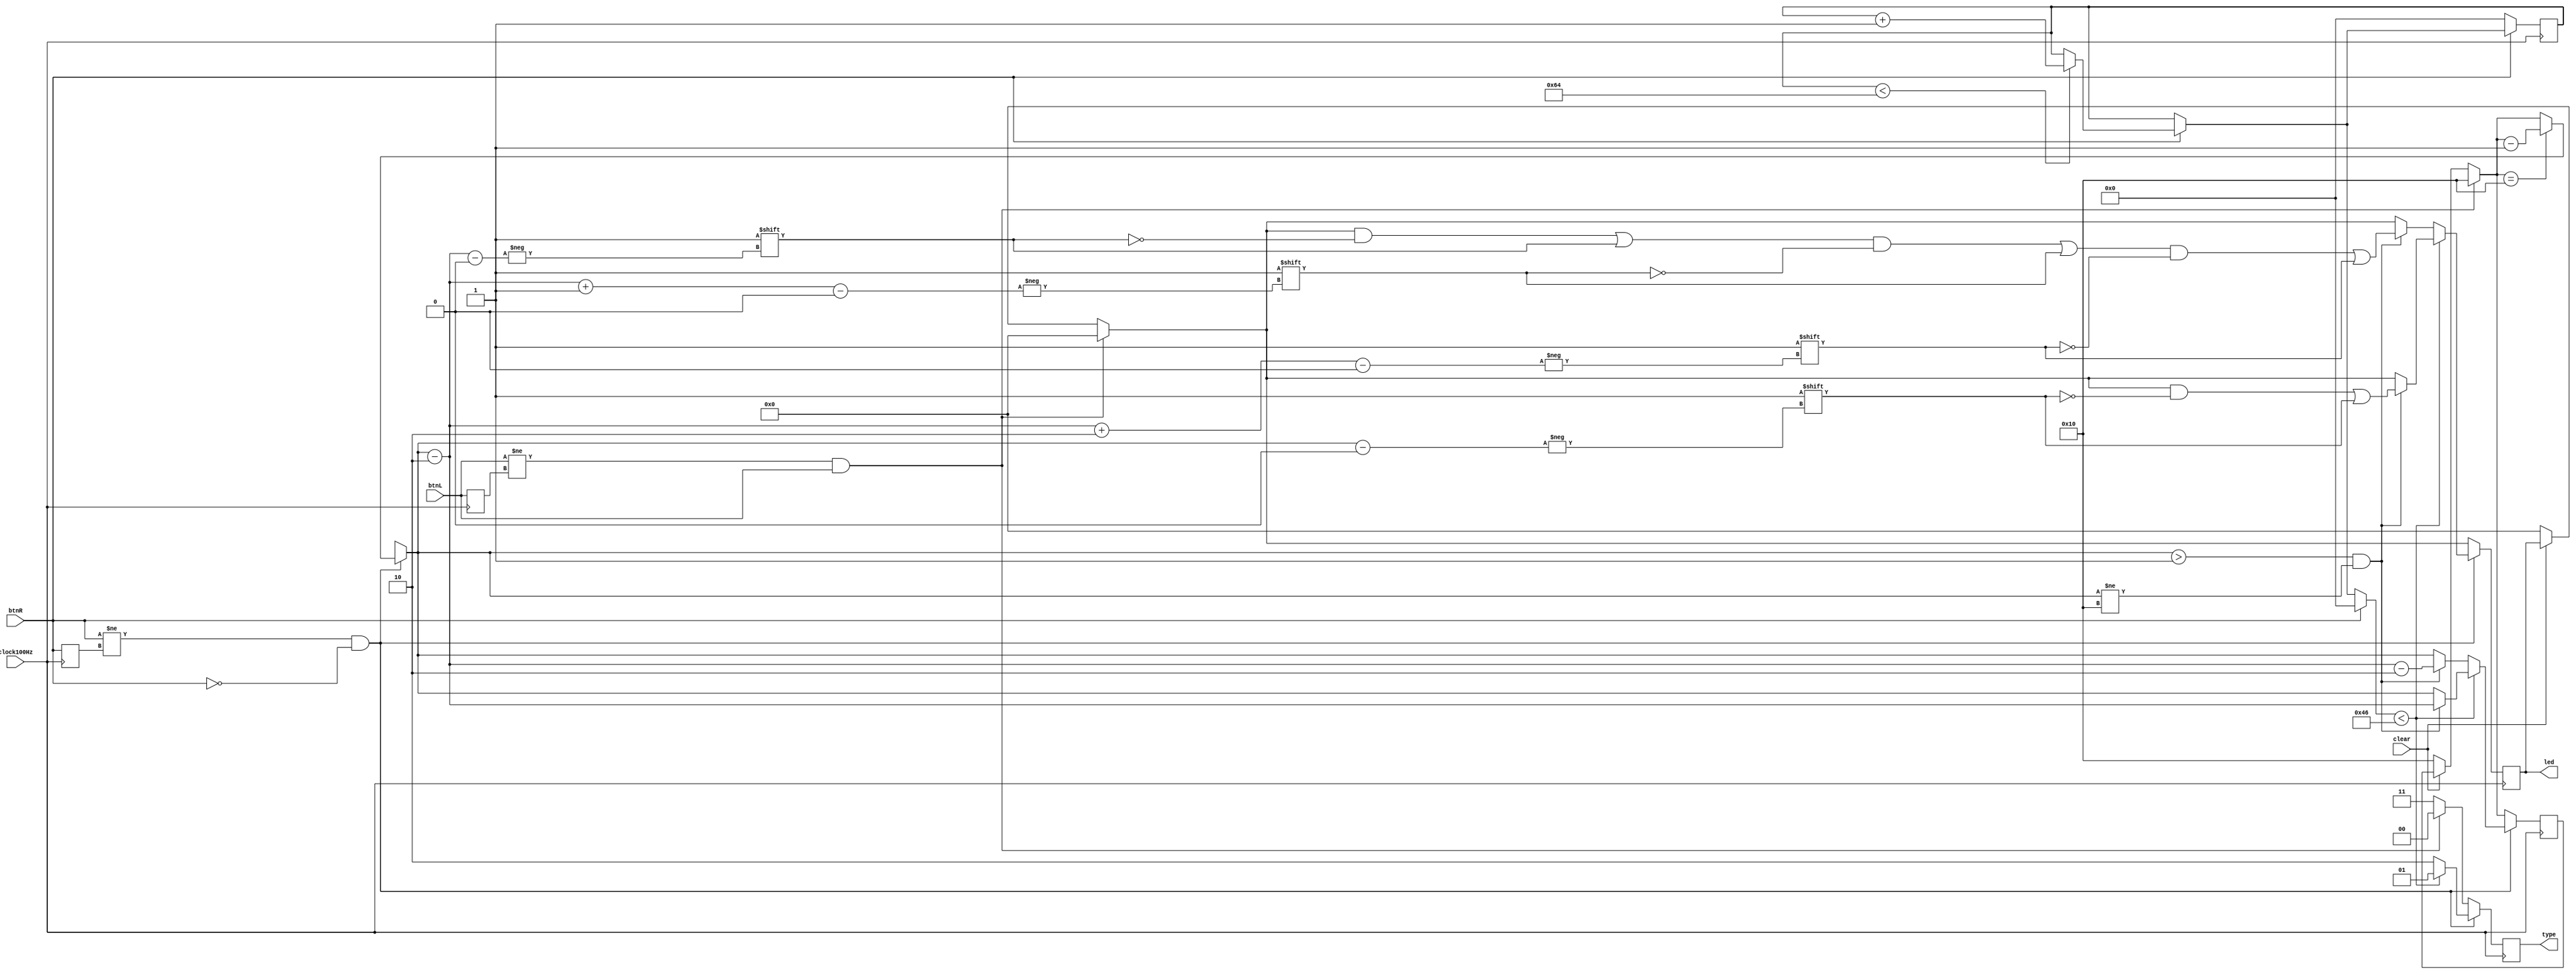
module type_state2(
    input clock100Hz,
    input clear,
    input btnR,
    input  btnL,
    output [1:0]type,
    output reg [15:0]led
    );
    
    reg [7:0]count = 0;
    
    reg [4:0]i = 0;
    
    reg btnLOld = 0;
    reg btnROld = 0;
    
    reg [1:0]type_old = 0;
    reg [1:0]type_next = 0;
    
    reg state;
    reg [7:0]finalCount = 0;
    
    parameter GAP = 2'b00;
    parameter DOT = 2'b01;
    parameter DASH = 2'b10;
    parameter STOP = 2'b11;
    
    always @ (posedge clock100Hz)
        begin
        
        type_next = STOP;
        //led = 3'b000;
        finalCount = 0;
                
        // Clear

        if(clear == 0)
            begin
            led = 0;
            i = 16;
            end
                
        // BUTTION RIGHT COUNTER
        
        if(btnR == 1)
            begin
                if(count <100)
                    count = count + 1;
            end
        
        if(btnR == 0)
            begin                
                finalCount = count;
                count = 0;
            end
        
        // BUTTON LEFT 
        
        if ( ( btnL != btnLOld)  &&  ( btnL == 1 ) )
            begin
                type_next = GAP;
                led = 0;
                i = 16;
            end
        
        // State Assign
        
        if ( ( btnR != btnROld) && ( btnR ==  0) )
            begin
                if(i == 16)
                    i = i - 1;
                if(finalCount < 70) begin
                    type_next = DOT;
                    if(i > 1 && i != 16)
                        begin
                        led[i] = 1;
                        i = i - 2;
                        end
                    //led = 3'b011;
                    end
                else begin
                    type_next = DASH;  
                    if(i > 1 && i != 16)
                        begin
                            i = i - 2;
                            led[i] = 1;
                            led[i+1] = 1;
                            led[i+2] = 1;
                            i = i - 2;
                        end
                    //led = 3'b001;    
                    end
     
            end
        
        
        btnROld <= btnR;
        btnLOld <= btnL;
        
        end
        
        assign type = type_next;
        
endmodule